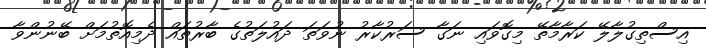
އިސްތިގުލާލޭ ކަރާމާތޭ މިގޮވައި ނަގާ ސަރުކާރު ނުވަތަ ދައުލަތުގެ ބާރުތައް ދެމިއޮތުމަށް ބޭނުންވާ